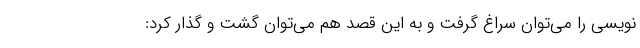
نویسی را می‌توان سراغ گرفت و به این قصد هم می‌توان گشت و گذار کرد: